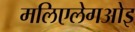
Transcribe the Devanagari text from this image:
मलिएलेगओइ